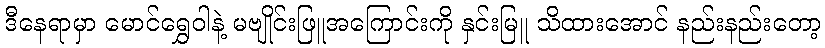
ဒီနေရာမှာ မောင်ရွှေဝါနဲ့ မဗျိုင်းဖြူအကြောင်းကို နှင်းမြူ သိထားအောင် နည်းနည်းတော့